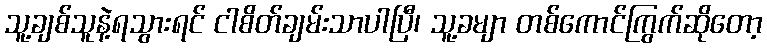
သူ့ချစ်သူနဲ့ရသွားရင် ငါစိတ်ချမ်းသာပါပြီ၊ သူ့ခမျာ တစ်ကောင်ကြွက်ဆိုတော့